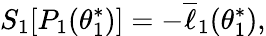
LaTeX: S_{1}[P_{1}({\theta_{1}^{*}})]=-\overline{{\ell}}_{1}(\theta_{1}^{*}),